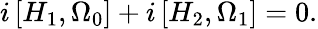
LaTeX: i\left[H_{1},\Omega_{0}\right]+i\left[H_{2},\Omega_{1}\right]=0.